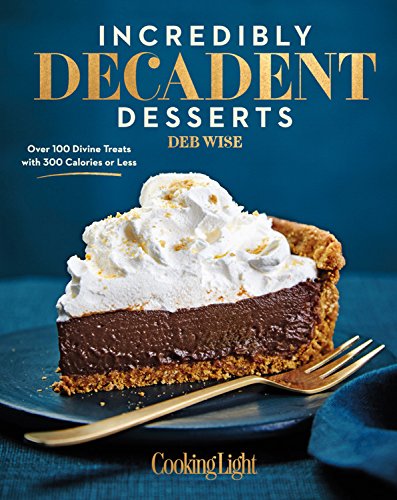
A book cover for Incredibly Decadent Desserts: Over 100 Divine Treats with 300 Calories or Less; Deb Wise; Cookbooks, Food & Wine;